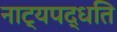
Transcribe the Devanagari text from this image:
नाट्यपद्धति